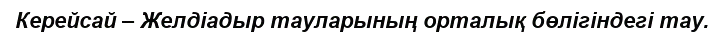
Керейсай – Желдіадыр тауларының орталық бөлігіндегі тау.